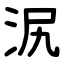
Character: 泦